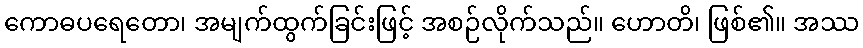
ကောဓပရေတော၊ အမျက်ထွက်ခြင်းဖြင့် အစဉ်လိုက်သည်။ ဟောတိ၊ ဖြစ်၏။ အဿ